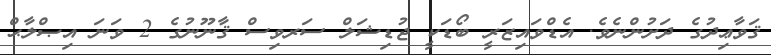
ޤަވާޢިދުގެ ދަށުންނެވެ. އެޑްވައިޒަރީ ބޯޑަކީ ޖުޑިޝަލް ސަރވިސް ޤާނޫނުގެ 2 ވަނަ އިޞްލާޙް